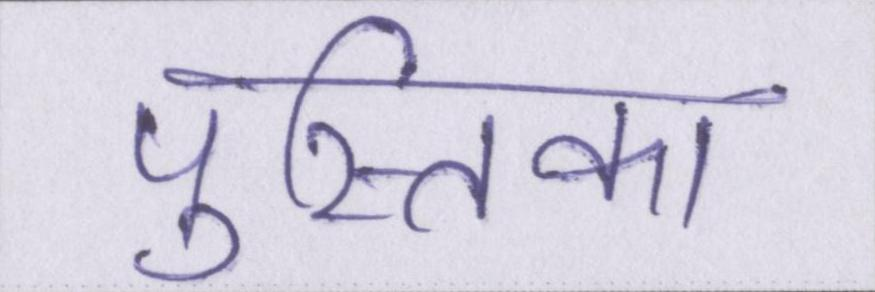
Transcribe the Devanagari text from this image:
पुस्तिका